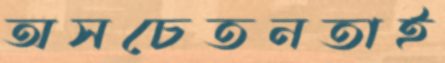
অসচেতনতাই